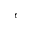
\epsilon